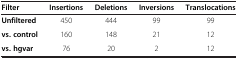
<table><thead><tr><td><b>Filter</b></td><td><b>Insertions</b></td><td><b>Deletions</b></td><td><b>Inversions</b></td><td><b>Translocations</b></td></tr></thead><tbody><tr><td><b>Unfiltered</b></td><td>450</td><td>444</td><td>99</td><td>99</td></tr><tr><td><b>vs. control</b></td><td>160</td><td>148</td><td>21</td><td>12</td></tr><tr><td><b>vs. hgvar</b></td><td>76</td><td>20</td><td>2</td><td>12</td></tr></tbody></table>